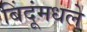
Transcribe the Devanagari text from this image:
बिंदूंमधले